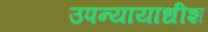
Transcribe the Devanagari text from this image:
उपन्यायाधीश